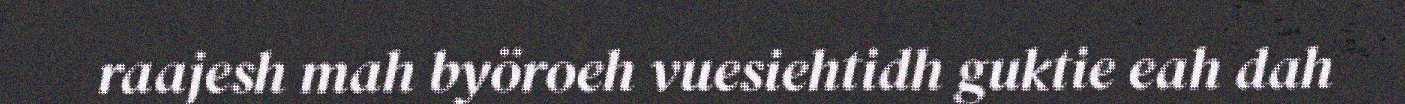
raajesh mah byöroeh vuesiehtidh guktie eah dah